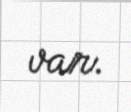
var.